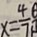
x = \frac { 4 } { 7 }